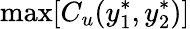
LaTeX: \operatorname*{max}[C_{u}(y_{1}^{*},y_{2}^{*})]